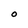
Character: O